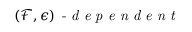
( \mathcal { F } , \epsilon ) \textit { - d e p e n d e n t }